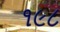
૧૯૮